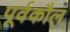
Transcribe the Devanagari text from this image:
पूर्वकौल